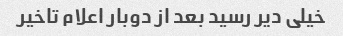
خیلی دیر رسید بعد از دوبار اعلام تاخیر